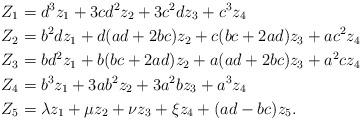
LaTeX: \begin{align*} & Z_1=d^3z_1+3cd^2z_2+3c^2dz_3+c^3z_4\\ &Z_2=b^2dz_1+d(ad+2bc)z_2+c(bc+2ad)z_3+ac^2z_4\\ &Z_3=bd^2z_1+b(bc+2ad)z_2+a(ad+2bc)z_3+a^2cz_4\\ &Z_4=b^3z_1+3ab^2z_2+3a^2bz_3+a^3z_4\\ &Z_5=\lambda z_1+\mu z_2+\nu z_3+\xi z_4+(ad-bc)z_5. \end{align*}